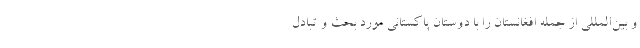
و بین‌المللی از جمله افغانستان را با دوستان پاکستانی مورد بحث و تبادل